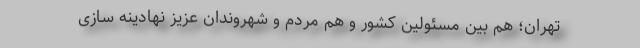
تهران؛ هم بین مسئولین کشور و هم مردم و شهروندان عزیز نهادینه سازی